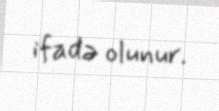
ifadə olunur.